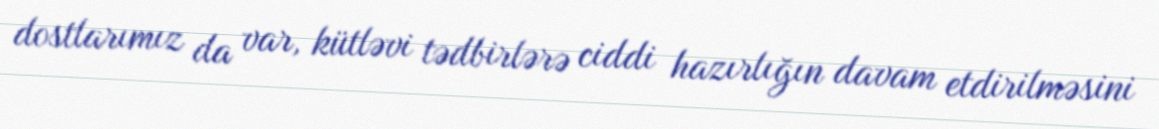
dostlarımız da var, kütləvi tədbirlərə ciddi hazırlığın davam etdirilməsini